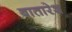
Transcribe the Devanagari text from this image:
बातारेश